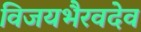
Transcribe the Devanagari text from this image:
विजयभैरवदेव